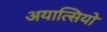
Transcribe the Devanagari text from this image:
अयात्सियो